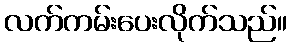
လက်ကမ်းပေးလိုက်သည်။